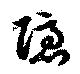
隠